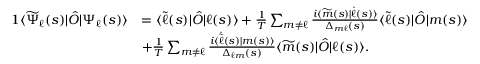
\begin{array} { r l } { { 1 } \langle \widetilde { \Psi } _ { \ell } ( s ) | \hat { O } | \Psi _ { \ell } ( s ) \rangle } & { = \langle \widetilde { \ell } ( s ) | \hat { O } | \ell ( s ) \rangle + \frac { 1 } { T } \sum _ { m \neq \ell } \frac { i \langle \widetilde { m } ( s ) | \dot { \ell } ( s ) \rangle } { \Delta _ { m \ell } ( s ) } \langle \widetilde { \ell } ( s ) | \hat { O } | m ( s ) \rangle } \\ & { + \frac { 1 } { T } \sum _ { m \neq \ell } \frac { i \langle \dot { \widetilde { \ell } } ( s ) | m ( s ) \rangle } { \Delta _ { \ell m } ( s ) } \langle \widetilde { m } ( s ) | \hat { O } | \ell ( s ) \rangle . } \end{array}